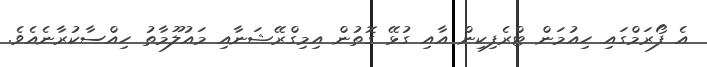
އެ ފޯރަމްގައި ހިއުމަން ޓްރެފިކިން އާއި ގުޅޭ ގޮތުން އިމިގްރޭޝަނާއި މައުލޫމާތު ހިއްސާކުރާނެއެވެ.